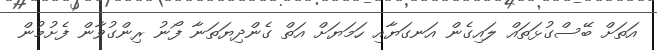
އަތަށް ބޭސްގުޅަތައް ލައިގެން އަނގަޔާއި ހަމަޔަށް އަތް ގެންދިޔަތަނާ ފޯނު ރިންގުވާން ފެށުމުން